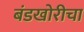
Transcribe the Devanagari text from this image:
बंडखोरीचा